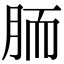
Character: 胹